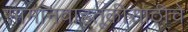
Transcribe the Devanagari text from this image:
सामानवाहतूकीसाठीचे